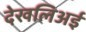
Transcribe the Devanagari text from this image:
देखलिअई